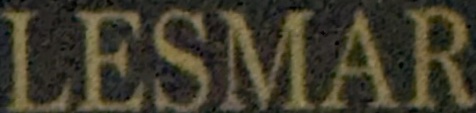
LESMAR